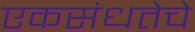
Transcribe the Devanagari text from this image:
एकसंधतेचे